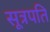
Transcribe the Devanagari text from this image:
सूत्रपति